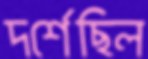
দর্শেছিল